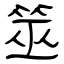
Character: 筮